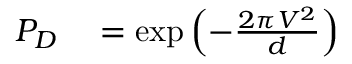
\begin{array} { r l } { P _ { D } } & { { } = \exp \left( - \frac { 2 \pi V ^ { 2 } } { d } \right) } \end{array}